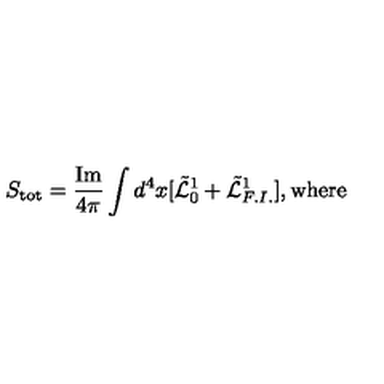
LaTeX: S _ { \mathrm { \em t o t } } = \frac { \mathrm { I m } } { 4 \pi } \int d ^ { 4 } x [ \tilde { { \cal L } } _ { 0 } ^ { 1 } + \tilde { { \cal L } } _ { F . I . } ^ { 1 } ] , \mathrm { w h e r e }